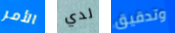
الأمر لدي وتدقيق